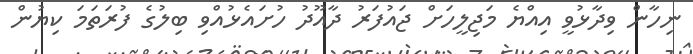
ނިހާން ވިދާޅުވީ އިއްޔެ މަޖިލީހަށް ޖައުފަރު ދާއޫދު ހުށައެޅުއްވި ބިލުގެ ފުރަތަމަ ކިޔުން